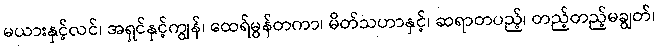
မယားနှင့်လင်၊ အရှင်နှင့်ကျွန်၊ ထေရ်မွန်တကာ၊ မိတ်သဟာနှင့်၊ ဆရာတပည့်၊ တည့်တည့်မချွတ်၊